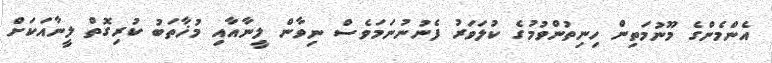
އެންމެންގެ މޫނުމަތިން ހިނިތުންވުމުގެ ކުލަވަރު ފެނުނުނަމަވެސް ނިވާން ލީނާއާއި މުޚާތަބު ކުރިގޮތް ލީނާއަކަށް